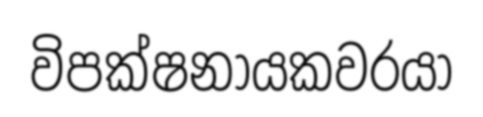
විපක්ෂනායකවරයා